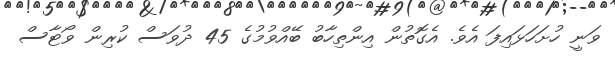
ވަނީ ހުށަހަޅައިފަ އެވެ. އެގޮތުން އިންތިހާބު ބޭއްވުމުގެ 45 ދުވަސް ކުރިން ވޯޓާސް